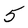
Character: 5